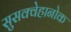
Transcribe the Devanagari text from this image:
सुसक्वेहानोक